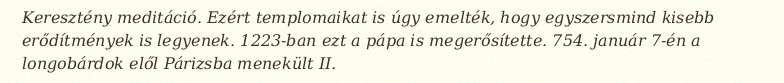
Keresztény meditáció. Ezért templomaikat is úgy emelték, hogy egyszersmind kisebb erődítmények is legyenek. 1223-ban ezt a pápa is megerősítette. 754. január 7-én a longobárdok elől Párizsba menekült II.